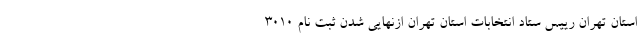
استان تهران رییس ستاد انتخابات استان تهران ازنهایی شدن ثبت نام ٣٠١٠